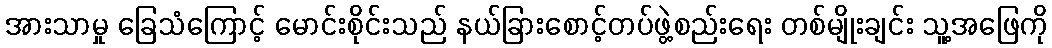
အားသာမှု ခြေသံကြောင့် မောင်းစိုင်းသည် နယ်ခြားစောင့်တပ်ဖွဲ့စည်းရေး တစ်မျိုးချင်း သူ့အဖြေကို